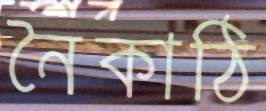
নৈকাঠি